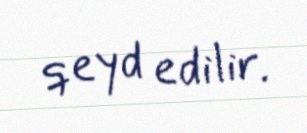
qeyd edilir.